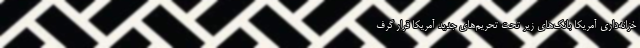
خزانه‌داری آمریکا بانک‌های زیر تحت تحریم‌های جدید آمریکا قرار گرف